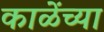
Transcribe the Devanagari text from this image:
काळेंच्या